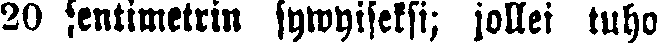
20 sentimetrin sywyiseksi; jollei tuho